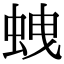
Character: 𧊣